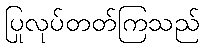
ပြုလုပ်တတ်ကြသည်